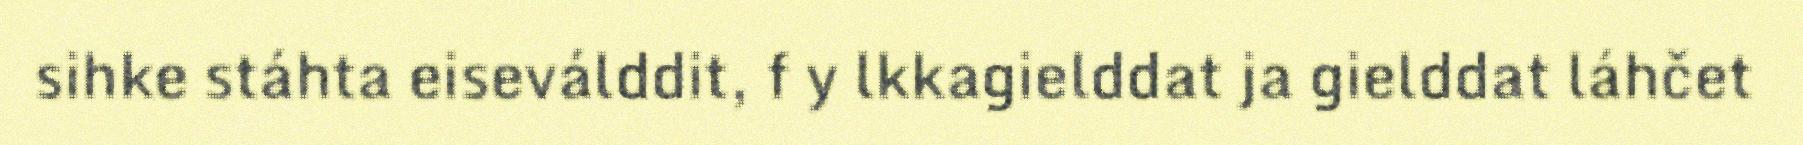
sihke stáhta eiseválddit, f y lkkagielddat ja gielddat láhčet